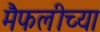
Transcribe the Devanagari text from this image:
मैफलीच्या